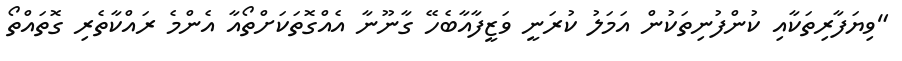
"ވިޔަފާރިތަކާއި ކުންފުނިތަކުން އަމަލު ކުރަނީ ވަޒީފާއާބެހޭ ގާނޫނާ އެއްގޮތަކަށްތޯއާ އެންމެ ރައްކާތެރި ގޮތައްތޯ